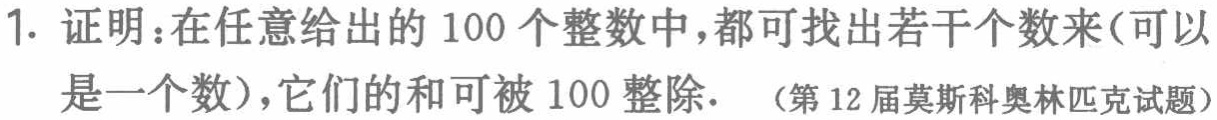
1. 证明：在任意给出的 100 个整数中，都可找出若干个数来（可以是一个数），它们的和可被 100 整除. （第 12 届莫斯科奥林匹克试题）